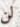
لن